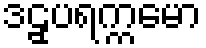
ဒဠှပရက္ကမော